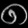
Digit: ၈